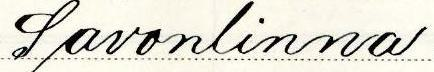
Savonlinna